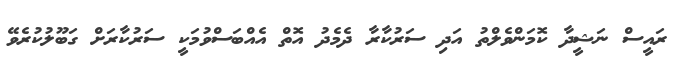
ރައީސް ނަޝީދާ ކޮމަންވެލްތު އަދި ސަރުކާރާ ދެމެދު އޮތް އެއްބަސްވުމަކީ ސަރުކާރަށް ގަބޫލުކުރެވޭ